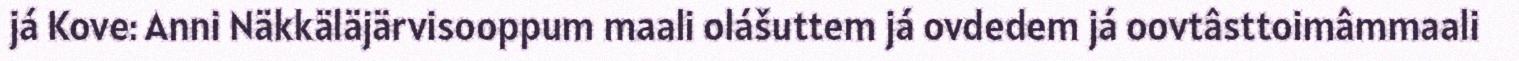
já Kove: Anni Näkkäläjärvisooppum maali olášuttem já ovdedem já oovtâsttoimâmmaali